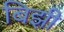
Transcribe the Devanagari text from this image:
बिझी